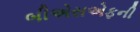
બીએસએફની